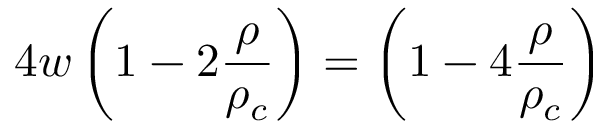
4 w \left( 1 - 2 \frac { \rho } { \rho _ { c } } \right) = \left( 1 - 4 \frac { \rho } { \rho _ { c } } \right)